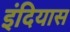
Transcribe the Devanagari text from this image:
इंदियास